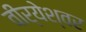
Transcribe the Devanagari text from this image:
वीर्येश्वर